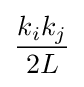
{\frac {k_{i}k_{j}}{2L}}